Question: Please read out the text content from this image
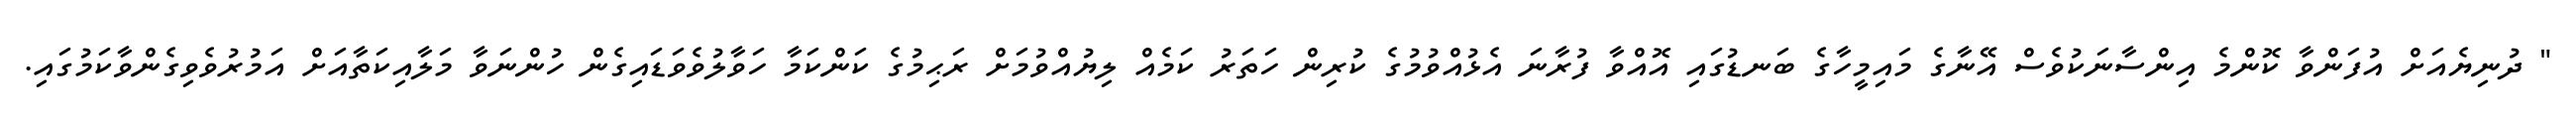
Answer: " ދުނިޔެއަށް އުފަންވާ ކޮންމެ އިންސާނަކުވެސް އޭނާގެ މައިމީހާގެ ބަނޑުގައި އޮއްވާ ފުރާނަ އެޅުއްވުމުގެ ކުރިން ހަތަރު ކަމެއް ލިޔުއްވުމަށް ރަޙިމުގެ ކަންކަމާ ހަވާލުވެވަޑައިގެން ހުންނަވާ މަލާއިކަތާއަށް އަމުރުވެވިގެންވާކަމުގައި.